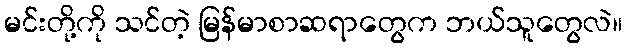
မင်းတို့ကို သင်တဲ့ မြန်မာစာဆရာတွေက ဘယ်သူတွေလဲ။